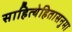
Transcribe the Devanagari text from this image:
साहित्येहितासनुमा